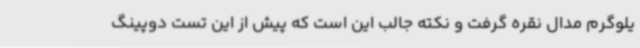
یلوگرم مدال نقره گرفت و نکته جالب این است که پیش از این تست دوپینگ